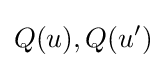
Q(u),Q(u')